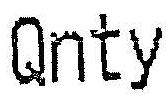
QNTY